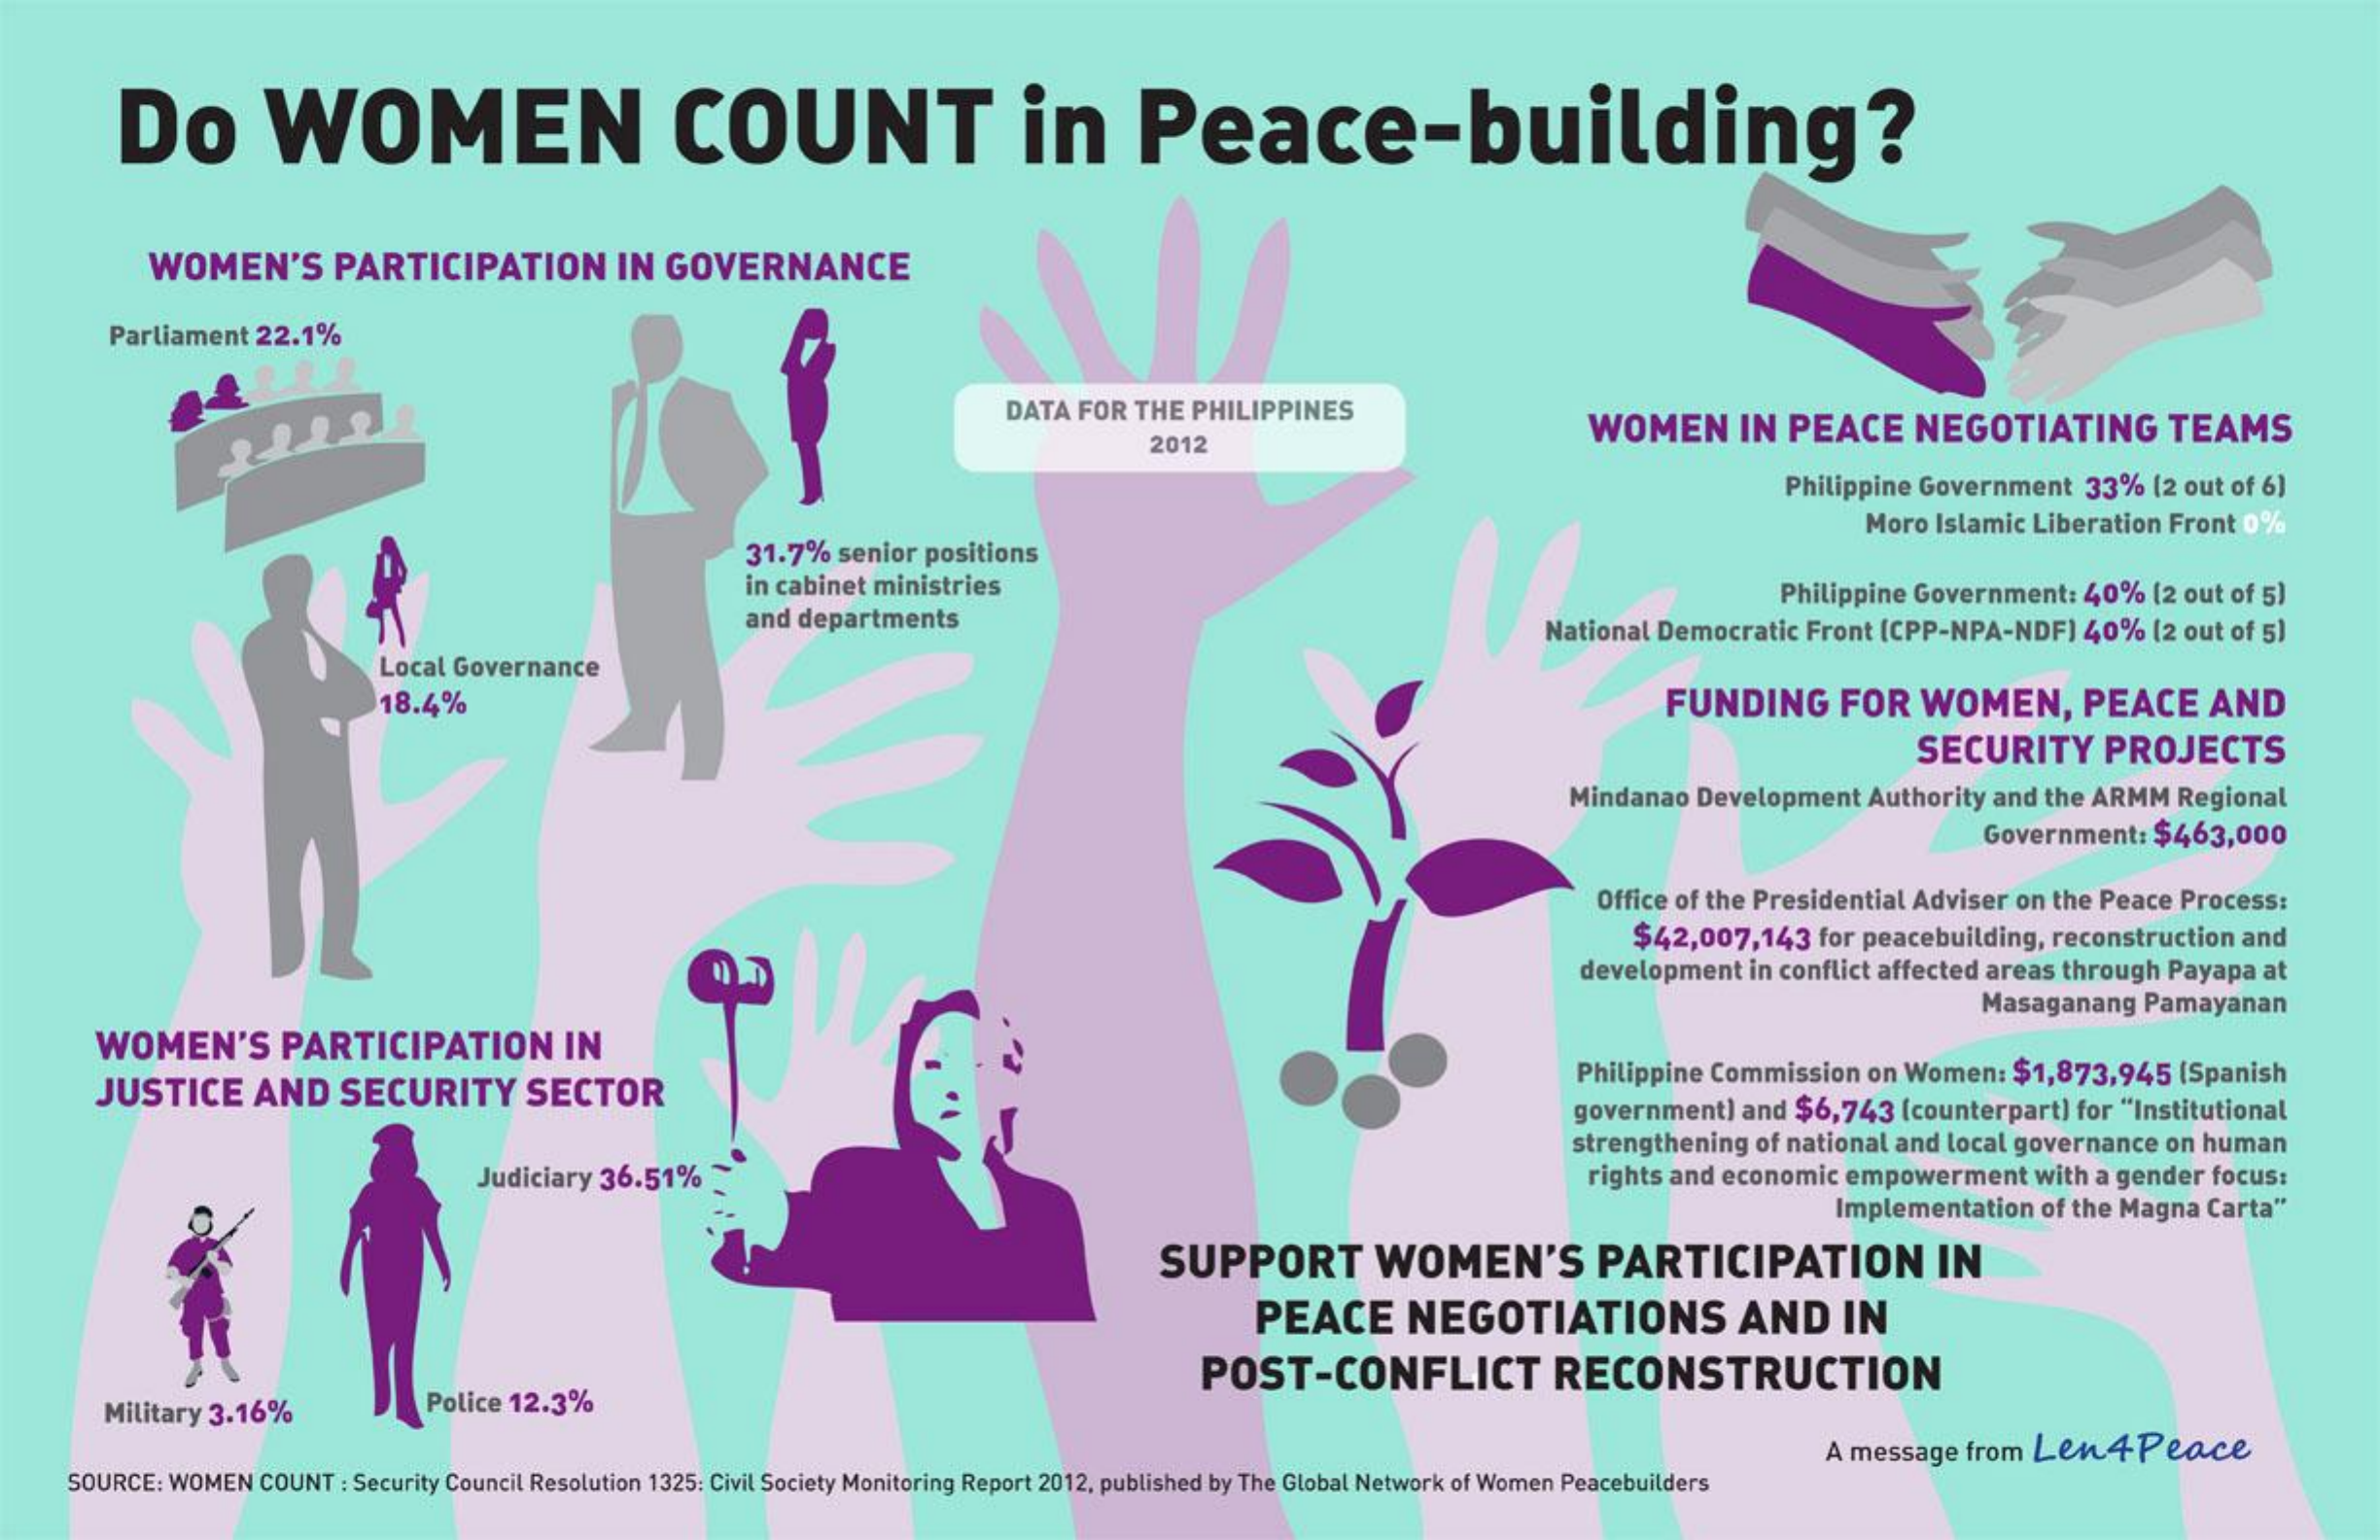
Do    WOMEN    COUNT    in    Peace-building?
     WOMEN'S    PARTICIPATION    IN GOVERNANCE
     Parliament 22.1%
     DATA  FOR THE PHILIPPINES
     WOMEN    IN  PEACE    NEGOTIATING    TEAMS
     2012
     Philippine Government  33%  (2 out of 6)
     Moro Islamic Liberation Front 0%
     OF
     31.7%  senior positions
     in cabinet ministries
     and departments
     Philippine Government:  40%  (2 out of 5)
     National Democratic Front (CPP-NPA-NDF)   40%  (2 out of 5)
     Local Governance
     18.4%    FUNDING    FOR   WOMEN,    PEACE    AND
     SECURITY    PROJECTS
     Mindanao  Development  Authority and the ARMM  Regional
     Government:  $463,000
     Office of the Presidential Adviser on the Peace Process:
     $42,007,143   for peacebuilding, reconstruction and
     development  in conflict affected areas through Payapa at
     Masaganang  Pamayanan
     WOMEN'S    PARTICIPATION    IN
     JUSTICE    AND   SECURITY    SECTOR
     Philippine Commission on Women:  $1,873,945   (Spanish
     government)  and $6,743   (counterpart) for "Institutional
     strengthening of national and local governance on human
     Judiciary 36.51%    rights and economic empowerment    with a gender focus:
     Implementation of the Magna Carta"
     SUPPORT    WOMEN'S    PARTICIPATION    IN
     PEACE    NEGOTIATIONS    AND    IN
     POST-CONFLICT    RECONSTRUCTION
     Military 3.16%    Police 12.3%
     A message  from Len4Peace
     SOURCE: WOMEN  COUNT  : Security Council Resolution 1325: Civil Society Monitoring Report 2012, published by The Global Network of Women Peacebuilders